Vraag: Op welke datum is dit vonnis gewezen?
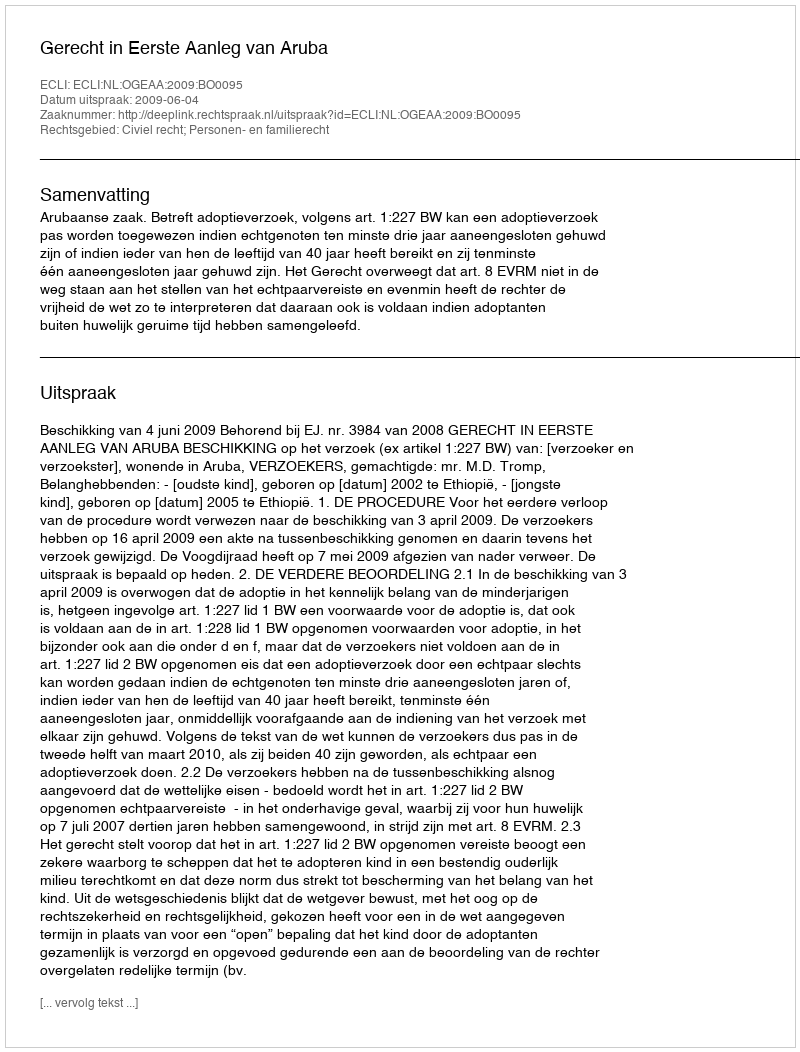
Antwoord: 2009-06-04